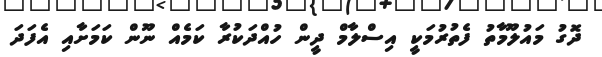
ދޮގު މައުލޫމާތު ފެތުރުމަކީ އިސްލާމް ދީން ހުއްދަކުރާ ކަމެއް ނޫން ކަމަށާއި އެފަދަ